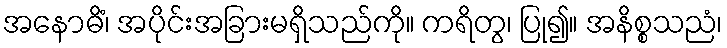
အနောဓိံ၊ အပိုင်းအခြားမရှိသည်ကို။ ကရိတွ၊ ပြု၍။ အနိစ္စသညံ၊